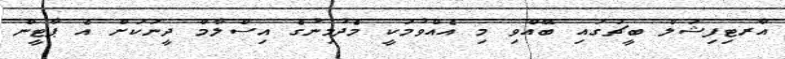
އާރޓިފިޝަލް ބީޗުގައި ބޭއްވި މި އެއްވުމަކީ މެދުމިނުގެ އިސްލާމް ދީނަކަށް އެ ޕާޓީން